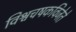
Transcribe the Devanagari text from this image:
विश्वचषकविजेते